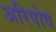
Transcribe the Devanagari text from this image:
अरिपोव